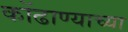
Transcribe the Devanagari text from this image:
कोंढाण्याच्या